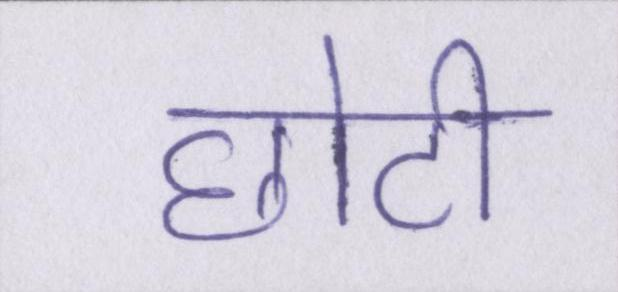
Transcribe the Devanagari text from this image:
छोटी